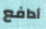
أدافع